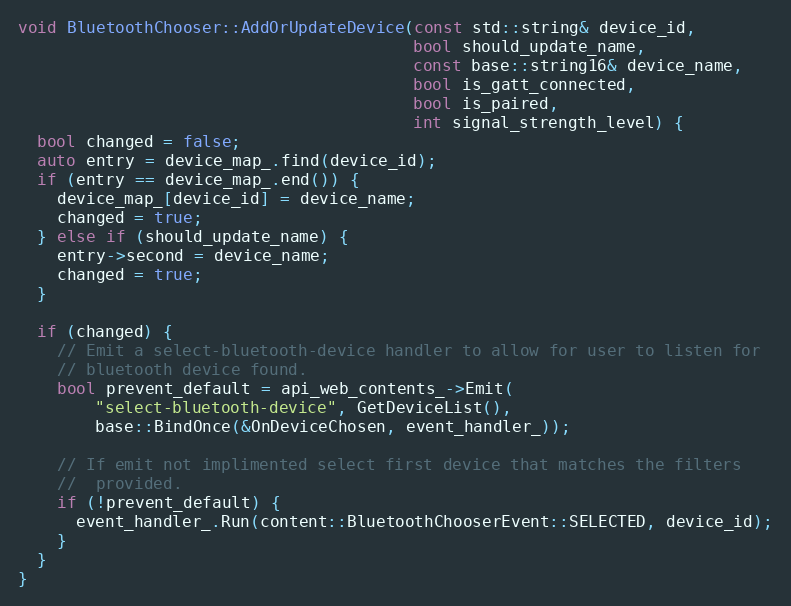
Language: C++
void BluetoothChooser::AddOrUpdateDevice(const std::string& device_id,
                                         bool should_update_name,
                                         const base::string16& device_name,
                                         bool is_gatt_connected,
                                         bool is_paired,
                                         int signal_strength_level) {
  bool changed = false;
  auto entry = device_map_.find(device_id);
  if (entry == device_map_.end()) {
    device_map_[device_id] = device_name;
    changed = true;
  } else if (should_update_name) {
    entry->second = device_name;
    changed = true;
  }

  if (changed) {
    // Emit a select-bluetooth-device handler to allow for user to listen for
    // bluetooth device found.
    bool prevent_default = api_web_contents_->Emit(
        "select-bluetooth-device", GetDeviceList(),
        base::BindOnce(&OnDeviceChosen, event_handler_));

    // If emit not implimented select first device that matches the filters
    //  provided.
    if (!prevent_default) {
      event_handler_.Run(content::BluetoothChooserEvent::SELECTED, device_id);
    }
  }
}